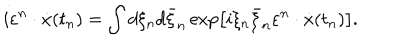
LaTeX: i \varepsilon ^ { n } \cdot \dot { x } ( t _ { n } ) = \int { d \xi _ { n } } d \bar { \xi } _ { n } \exp \left[ { i \xi _ { n } \bar { \xi } _ { n } \varepsilon ^ { n } \cdot \dot { x } ( t _ { n } ) } \right] .